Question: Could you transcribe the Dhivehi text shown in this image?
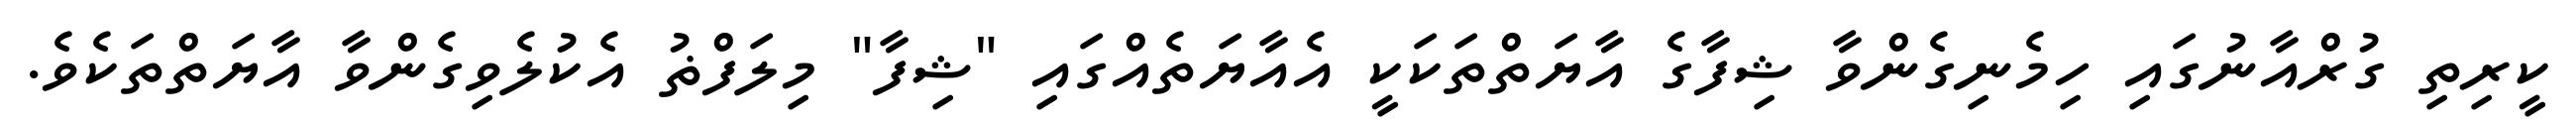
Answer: ކީރިތި ގުރްއާނުގައި ހިމެނިގެންވާ ޝިފާގެ އާޔަތްތަކަކީ އެއާޔަތެއްގައި "ޝިފާ" މިލަފްޡު އެކުލެވިގެންވާ އާޔަތްތަކެވެ.